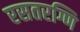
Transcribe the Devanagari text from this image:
रसतरग्णि